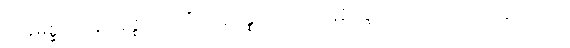
သုခုမစ္ဆိကေန အဇ္ဈဘာသိံသု နိပန္နကောဝ ပဋိနိဒ္ဒေသဘာဝတော သတောပေ